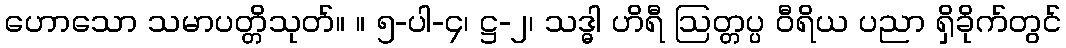
ဟောသော သမာပတ္တိသုတ်။ ။ ၅-ပါ-၄၊ ဋ္ဌ-၂၊ သဒ္ဓါ ဟိရီ ဩတ္တပ္ပ ဝီရိယ ပညာ ရှိခိုက်တွင်